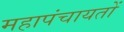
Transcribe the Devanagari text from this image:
महापंचायतों